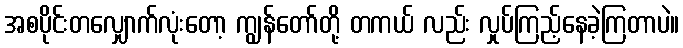
အစပိုင်းတလျှောက်လုံးတော့ ကျွန်တော်တို့ တကယ် လည်း လှုပ်ကြည့်နေခဲ့ကြတာပဲ။